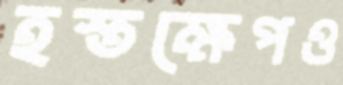
হস্তক্ষেপও